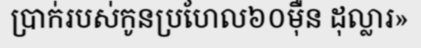
ប្រាក់របស់កូនប្រហែល៦០ម៉ឺន ដុល្លារ»